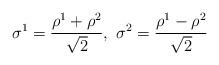
LaTeX: \begin{align*}\sigma^1 = \frac{\rho^1+\rho^2}{\sqrt{2}}, \ \sigma^2 = \frac{\rho^1-\rho^2}{\sqrt{2}}\end{align*}